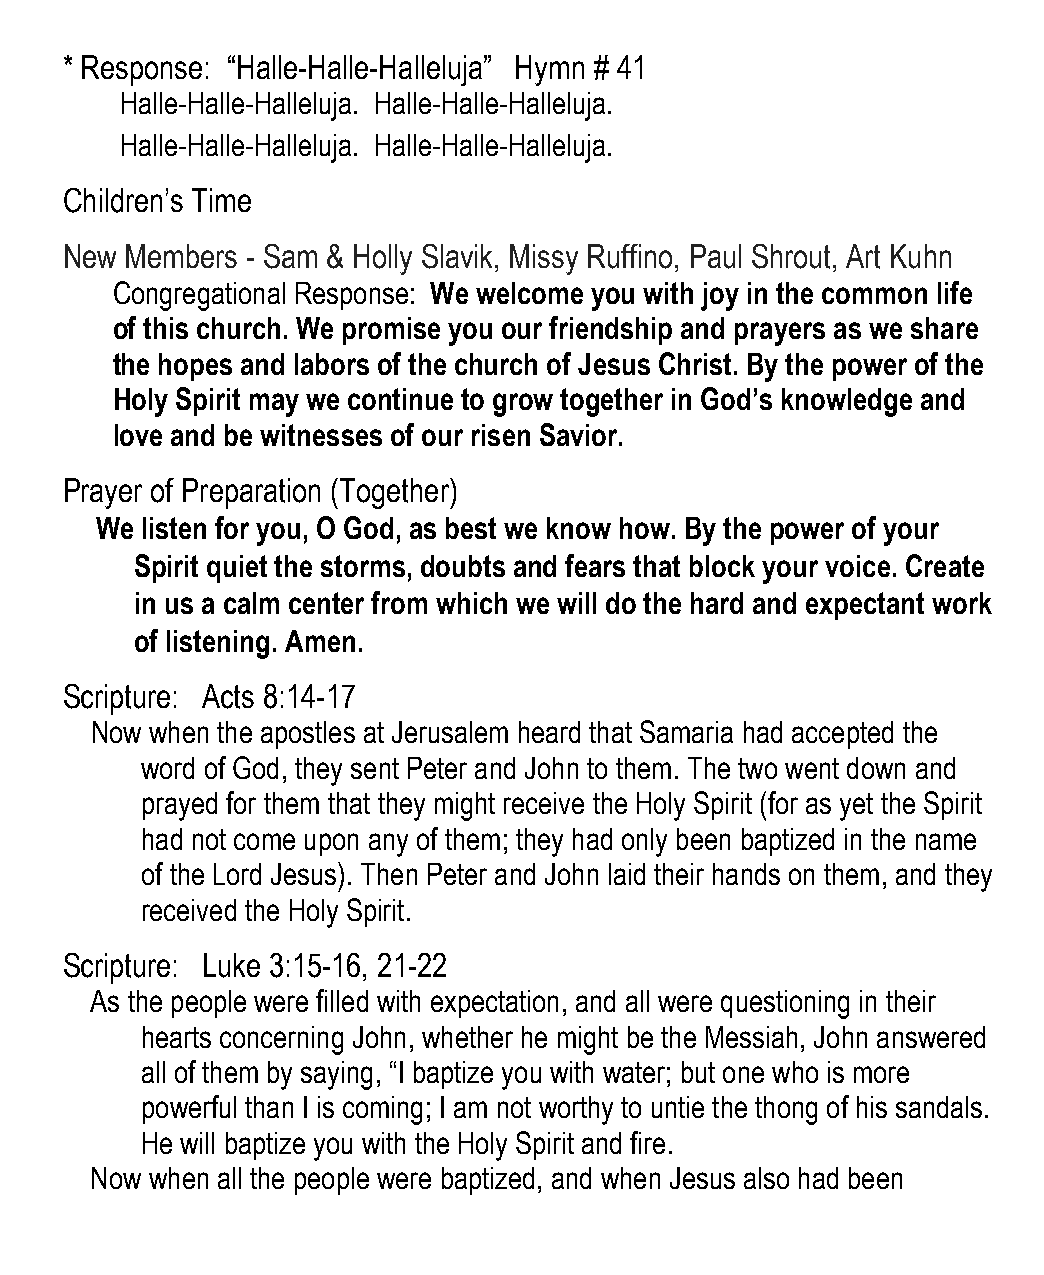
* Response: “Halle-Halle-Halleluja” Hymn # 41
 Halle-Halle-Halleluja. Halle-Halle-Halleluja.
 Halle-Halle-Halleluja. Halle-Halle-Halleluja.
 Children’s Time
 New Members - Sam & Holly Slavik, Missy Ruffino, Paul Shrout, Art Kuhn
 Congregational Response: We welcome you with joy in the common life
 of this church. We promise you our friendship and prayers as we share
 the hopes and labors of the church of Jesus Christ. By the power of the
 Holy Spirit may we continue to grow together in God’s knowledge and
 love and be witnesses of our risen Savior.
 Prayer of Preparation (Together)
 We listen for you, O God, as best we know how. By the power of your
 Spirit quiet the storms, doubts and fears that block your voice. Create
 in us a calm center from which we will do the hard and expectant work
 of listening. Amen.
 Scripture: Acts 8:14-17
 Now when the apostles at Jerusalem heard that Samaria had accepted the
 word of God, they sent Peter and John to them. The two went down and
 prayed for them that they might receive the Holy Spirit (for as yet the Spirit
 had not come upon any of them; they had only been baptized in the name
 of the Lord Jesus). Then Peter and John laid their hands on them, and they
 received the Holy Spirit.
 Scripture: Luke 3:15-16, 21-22
 As the people were filled with expectation, and all were questioning in their
 hearts concerning John, whether he might be the Messiah, John answered
 all of them by saying, “I baptize you with water; but one who is more
 powerful than I is coming; I am not worthy to untie the thong of his sandals.
 He will baptize you with the Holy Spirit and fire.
 Now when all the people were baptized, and when Jesus also had been